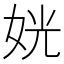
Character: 姯